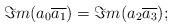
LaTeX: \begin{align*}\Im m(a_0\overline{a_1})=\Im m(a_2\overline{a_3});\end{align*}